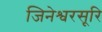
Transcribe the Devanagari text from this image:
जिनेश्वरसूरि